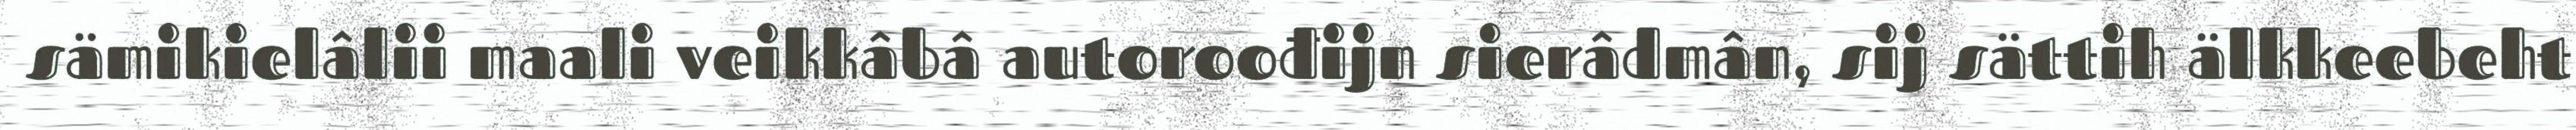
sämikielâlii maali veikkâbâ autoroođijn sierâdmân, sij sättih älkkeebeht